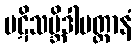
ပဋိသမ္ဘိဒါပတ္တာနံ